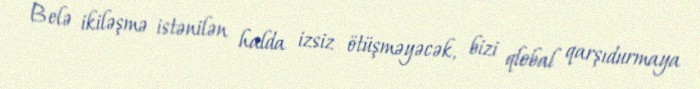
Belə ikiləşmə istənilən halda izsiz ötüşməyəcək, bizi qlobal qarşıdurmaya